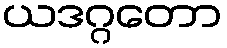
ယဒဂ္ဂတော